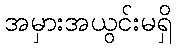
အမှားအယွင်းမရှိ